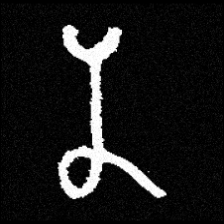
Pyu character \u2014 Myanmar letter: န (romanized: na)